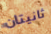
ثانيتان